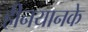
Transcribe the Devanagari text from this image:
हीनयानके